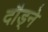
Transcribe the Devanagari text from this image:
दौड्ने